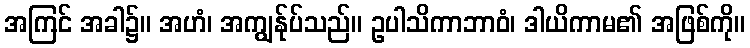
အကြင် အခါ၌။ အဟံ၊ အကျွန်ုပ်သည်။ ဥပါသိကာဘာဝံ၊ ဒါယိကာမ၏ အဖြစ်ကို။